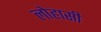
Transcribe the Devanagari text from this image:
लोहासी